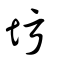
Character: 圬